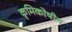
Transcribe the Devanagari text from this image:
कृमिकोषीय